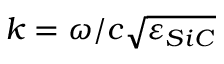
k = \omega / c \sqrt { \varepsilon _ { S i C } }